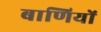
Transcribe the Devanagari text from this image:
बाणियों